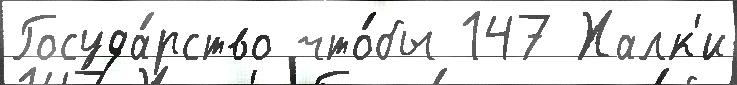
Госуда́рство что́бы 147 Халк'и